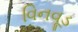
વિનવૂડ